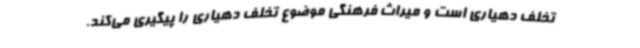
تخلف دهیاری است و ‌میراث فرهنگی موضوع تخلف دهیاری را پیگیری می‌کند.